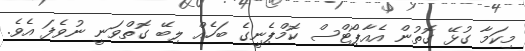
މިކަމާ ގުޅޭ ގޮތުން އެއާޕޯޓްސް ކޮމްޕެނީގެ ބަހެއް ލިބޭ ގޮތްވަނީ ނުވެފަ އެވެ.